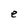
Character: e